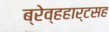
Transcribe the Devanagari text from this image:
ब्रेव्हहार्टसह